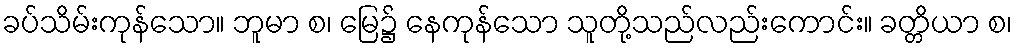
ခပ်သိမ်းကုန်သော။ ဘူမာ စ၊ မြေ၌ နေကုန်သော သူတို့သည်လည်းကောင်း။ ခတ္တိယာ စ၊